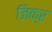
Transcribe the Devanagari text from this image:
जिक्र